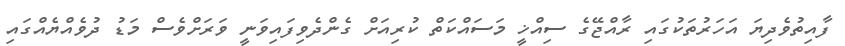
ފާއިތުވެދިޔަ އަހަރުތަކުގައި ރާއްޖޭގެ ސިއްޚީ މަސައްކަތް ކުރިއަށް ގެންދެވިފައިވަނީ ވަރަށްވެސް މަޑު ދުވެއްޔެއްގައި